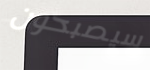
سيصبحون